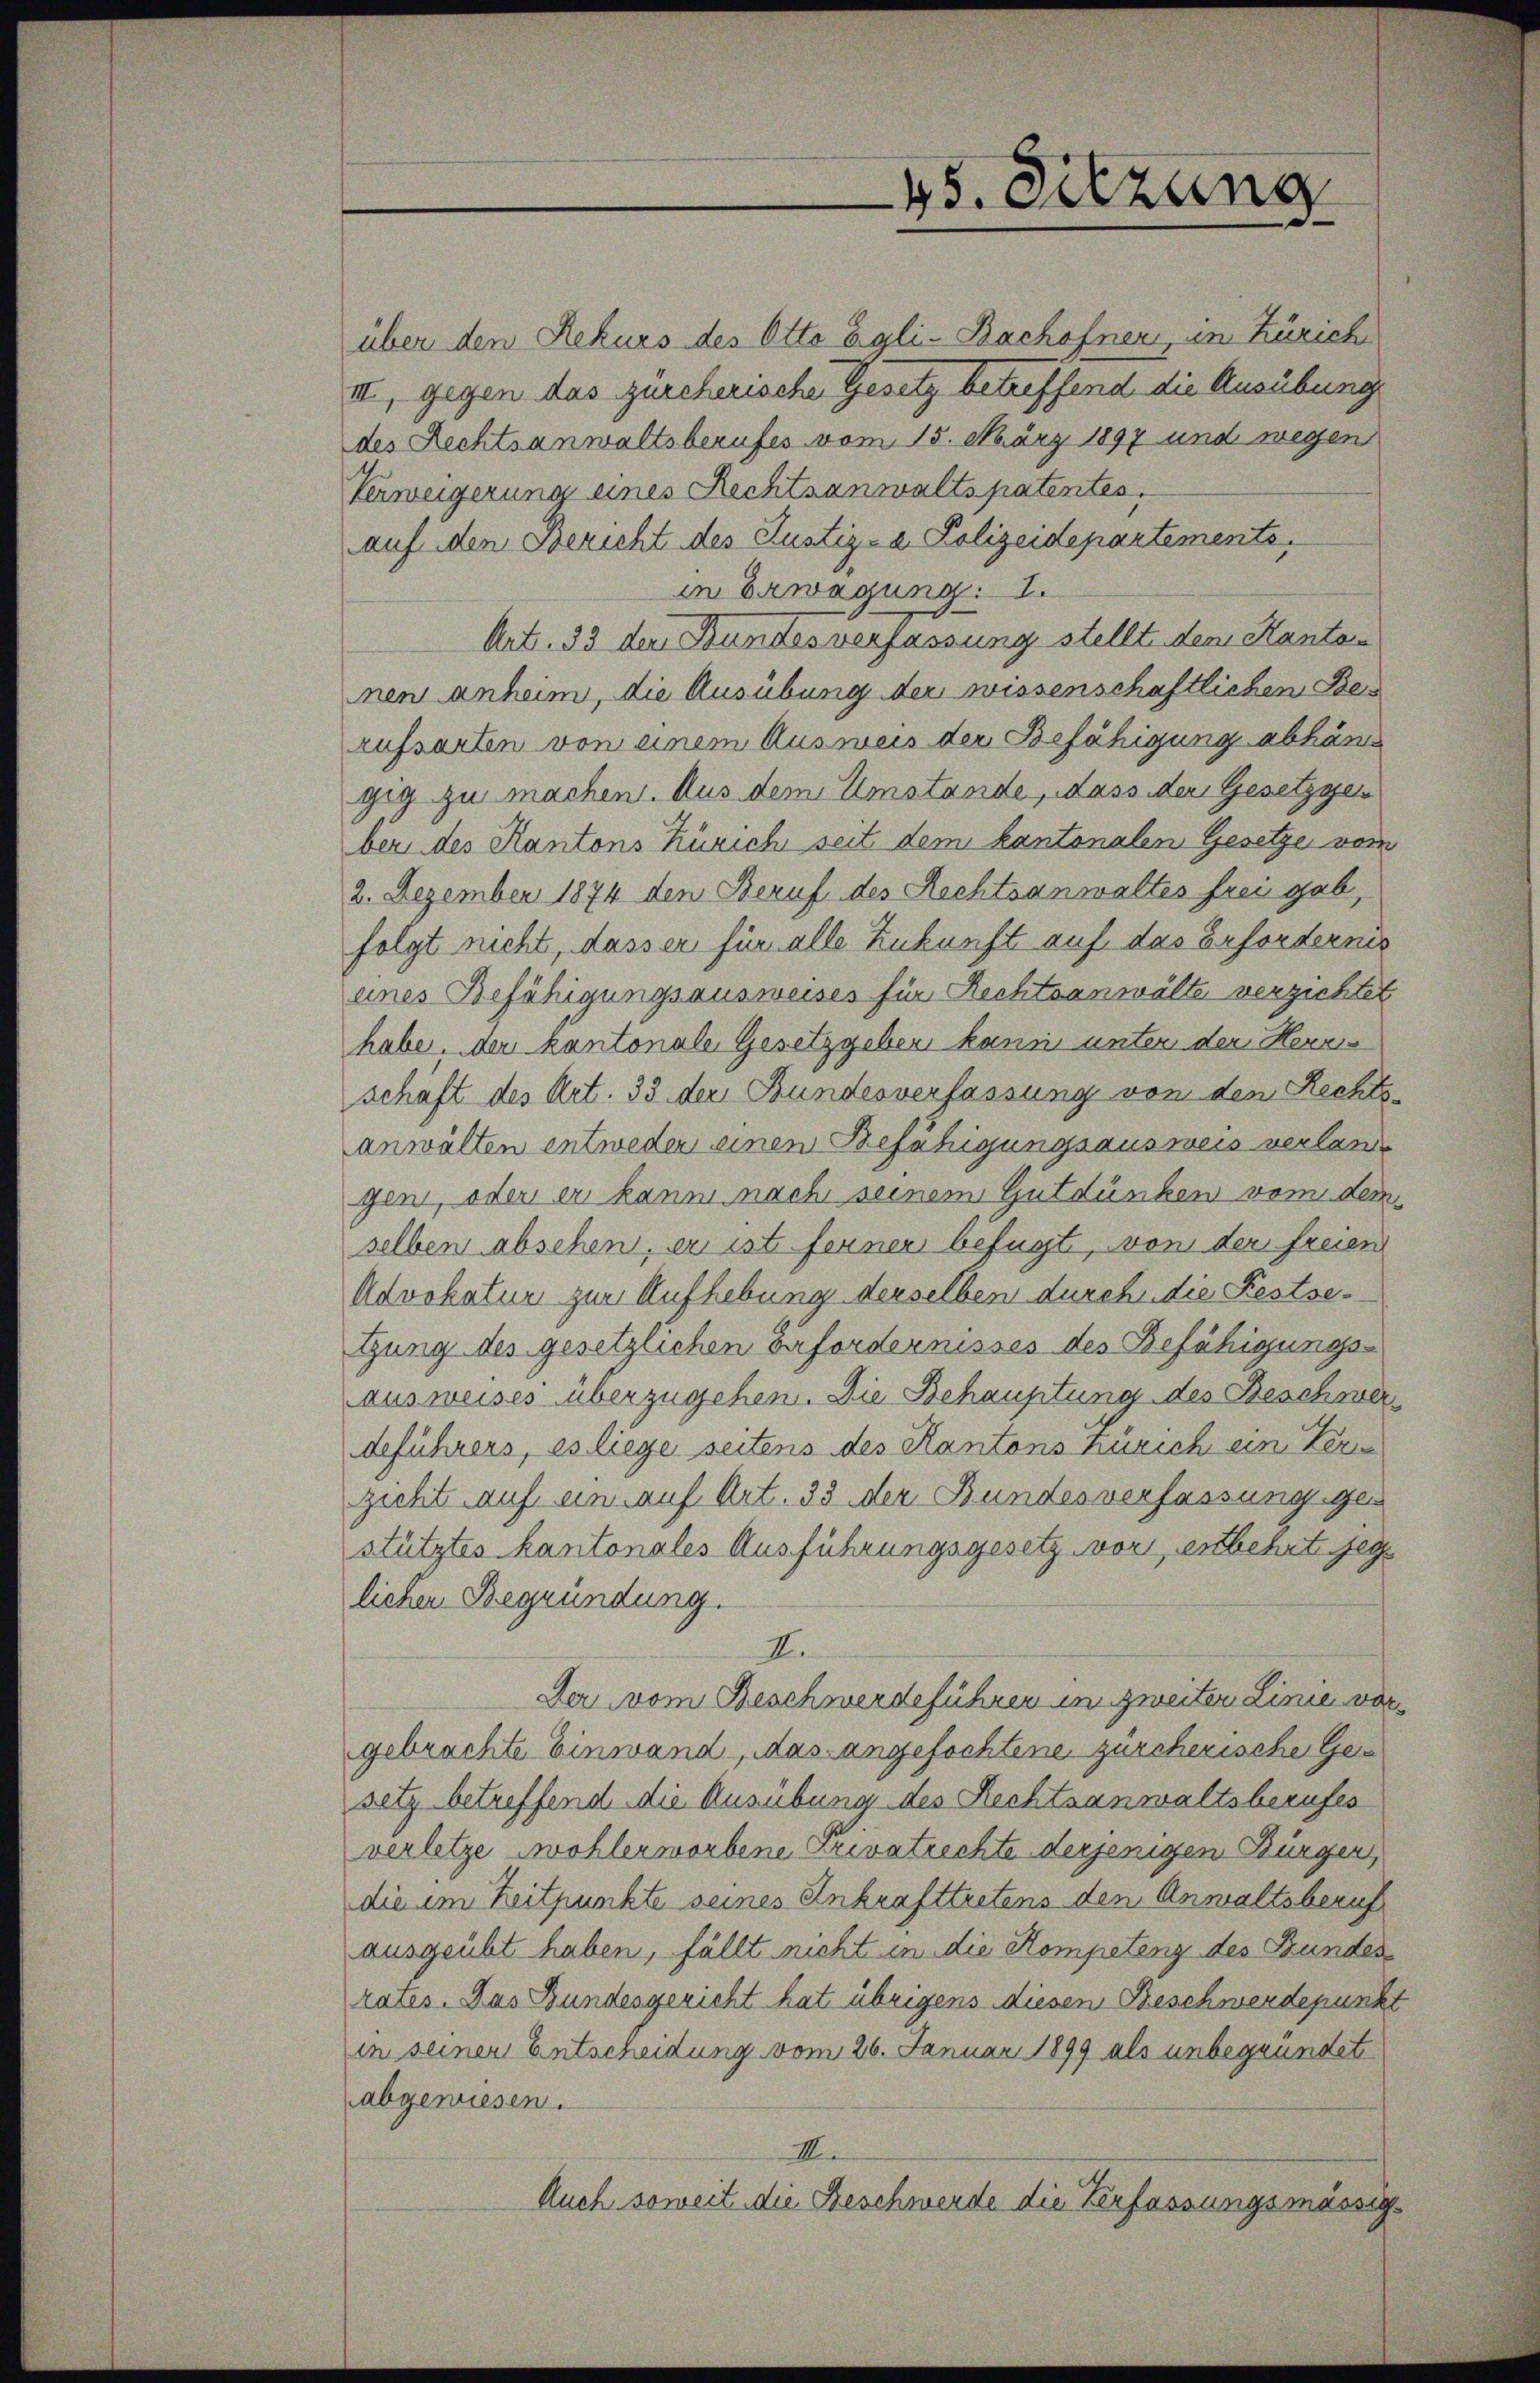
über den Rekurs des Otto agli-Bachofner, in Zürich
III, gegen das zürcherische Gesetz betreffend die Ausübung
des Rechtsanwaltsberufes vom 15. März 1897 und wegen
Verweigerung eines Rechtsanwaltspatentes.
auf den Bericht des Justiz- u. Polizeidepartements.
in Erwägung. I.
Art. 33 der Bundesverfassung stellt dem Kantan
nen anheim, die Ausübung der wissenschaftlichen Bes
rufsarten von einem Ausweis der Befähigung abhän
gig zu machen. Aus dem Umstände, dass der Gesetzgeber des Kantons Zürich seit dem kantonalen Gesetze vom
2. Dezember 1874 den Beruf des Rechtsanwaltes frei gab,
folgt nicht, dasser für alle Zukunft auf das Erfordernis
eines Befähigungsausweises für Rechtsanwälte verzichtet
habe, der Kantonale Gesetzgeben kann unter der Herrs
schaft des Art. 33 der Bundesverfassung von den Rechts-
anwälten entweder einen Befähigungsausweis verlangen, oder er kann nach seinem Gutdünken vom dem
selben absehen, er ist ferner befugt, von der freien
Advokatur zur Aufhebung derselben durch die Festsetzung des gesetzlichen Erfordernisses des Befähigungs-
ausweises überzugehen. Die Behauptung des Beschwerdeführers, es liege seitens des Kantons Zürich ein Ter
zicht auf ein auf Art. 33 der Bundesverfassung ges
stütztes kantonales Ausführungsgesetz vor, entbehrte jeg
lichen Begründung.
II.
Der vom Beschwerdeführen im zweiten Linie vorgebrachte Einwand, das angefochtene zürcherische Gesetz betreffend die Ausübung des Rechtsanwaltsberufes
verletze Wohlerworbene Privatrechte derjenigen Bürgen,
die im Zeitpunkte seines Ankrafttretens den Anwaltsberuf
ausgeübt haben, fällt nicht in die Kompetenz des Bundes
rates. Das Bundesgericht hat übrigens diesen Beschwerdepunkt
in seiner Entscheidung vom 26. Januar 1899 als unbegründet
abgewiesen.
III.
Auch soweit die Beschwerde die Verfassungsmässig¬

45. Sitzung